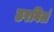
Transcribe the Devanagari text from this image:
ठरविलं